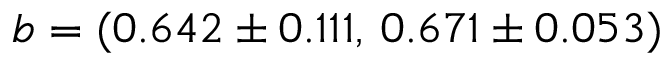
b = ( 0 . 6 4 2 \pm 0 . 1 1 1 , \, 0 . 6 7 1 \pm 0 . 0 5 3 )